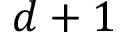
d + 1